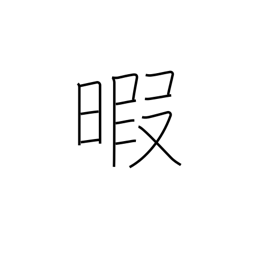
Meaning: spare time